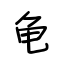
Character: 龟